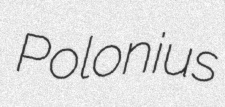
Polonius